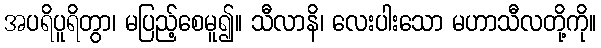
အပရိပူရိတွာ၊ မပြည့်စေမူ၍။ သီလာနိ၊ လေးပါးသော မဟာသီလတို့ကို။